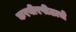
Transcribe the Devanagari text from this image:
करवीरपीठाचे